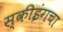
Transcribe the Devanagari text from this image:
स्कीइंगचा